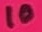
Text: 10